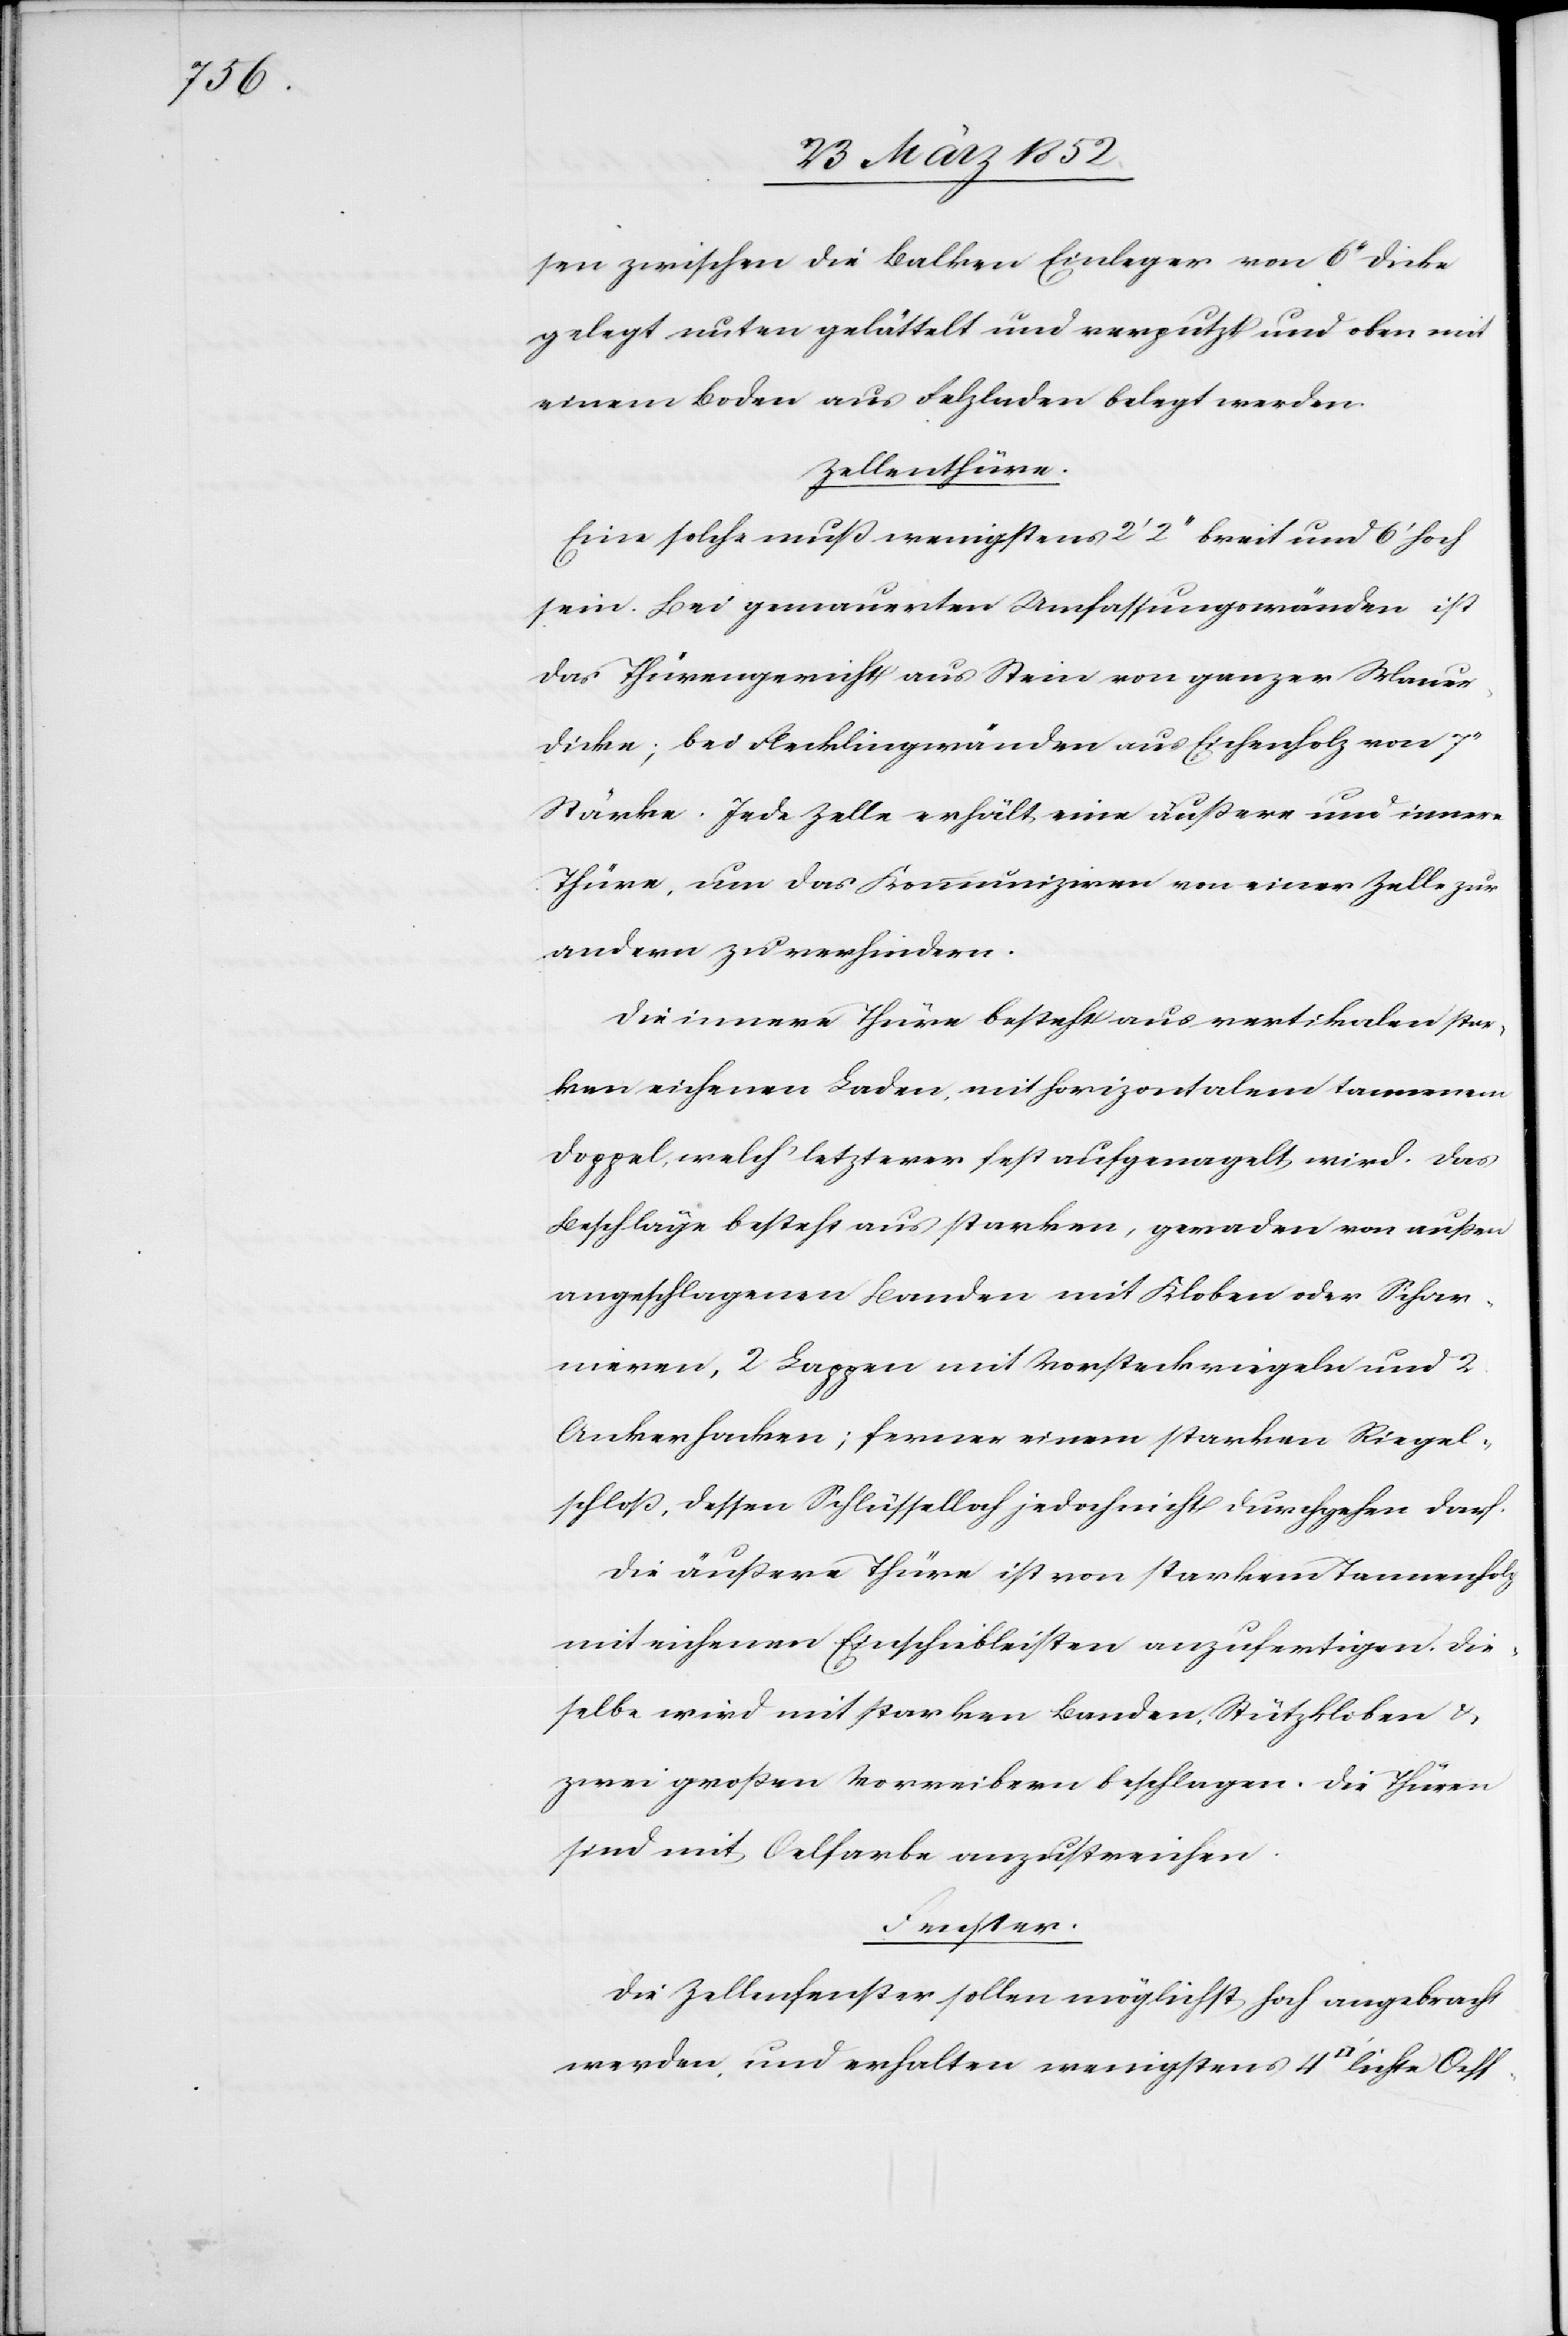
sen zwischen die Balken Einleger von 6‘‘ Dicke
gelegt unten gelättelt und verputzt und oben mit
einem Boden aus Felzladen belegt werden.
Zellenthüre.
Eine solche muß wenigstens 2‘ 2‘‘ breit und 6‘ hoch
sein. Bei gemauerten Umfassungswänden ist
das Thürengewicht aus Stein von ganzer Maue¬
r-Dicke, bei Flecklingwänden aus Eichenholz von
Stärke. Jede Zelle erhält eine äußere und innere
Thüre, um das Kommuniziren von einer Zelle zur
andern zu verhindern.
Die innere Thüre besteht aus vertikalen star¬
ken eichenen Laden mit horizontalem tannenem
Doppel, welch’ letzterer fest aufgenagelt wird. Das
Beschläge besteht aus starken, geraden von außen
angeschlagenen Banden mit Kloben oder Schar¬
nieren, 2 Lappen mit Vorsteckriegeln und 2
Ankerhacken; ferner einem starken Riegel¬
schloß, dessen Schlüsselloch jedoch nicht durchgehen darf.
Die äußere Thüre ist von starkem Tannenholz
mit eichenen Einschubleisten anzufertigen. Die¬
selbe wird mit starken Banden, Stützkloben u.
zwei großen Vorreibern beschlagen. Die Thüren
sind mit Oelfarbe anzustreichen.
Die Zellenfenster sollen möglichst hoch angebracht
werden und erhalten wenigstens 4 [Quadratfuss]